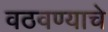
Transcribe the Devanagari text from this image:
वठवण्याचे